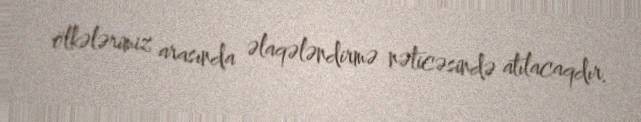
ölkələrimiz arasında əlaqələndirmə nəticəsində atılacaqdır.